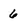
Character: 6